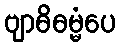
ဗျာဓိဓမ္မံပေ